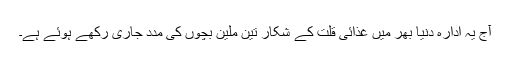
آج یہ ادارہ دنیا بھر میں غذائی قلت کے شکار تین ملین بچوں کی مدد جاری رکھے ہوئے ہے۔